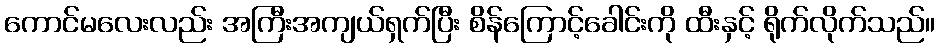
ကောင်မလေးလည်း အကြီးအကျယ်ရှက်ပြီး စိန်ကြောင့်ခေါင်းကို ထီးနှင့် ရိုက်လိုက်သည်။